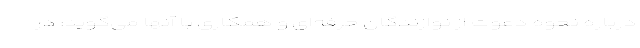
درباره نحوه دعوت از نوازندگان حرفه‌ای و همکاری با آنها می‌گوید: در